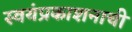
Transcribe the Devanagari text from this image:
स्वयंप्रकाशनाची